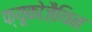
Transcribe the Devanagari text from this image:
फ्यूकोज़ैथिन